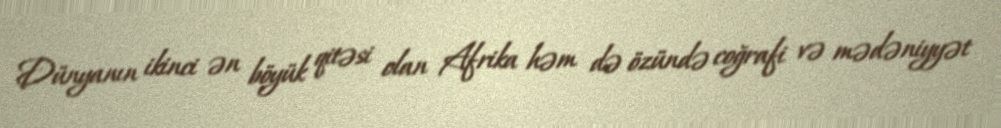
Dünyanın ikinci ən böyük qitəsi olan Afrika həm də özündə coğrafi və mədəniyyət